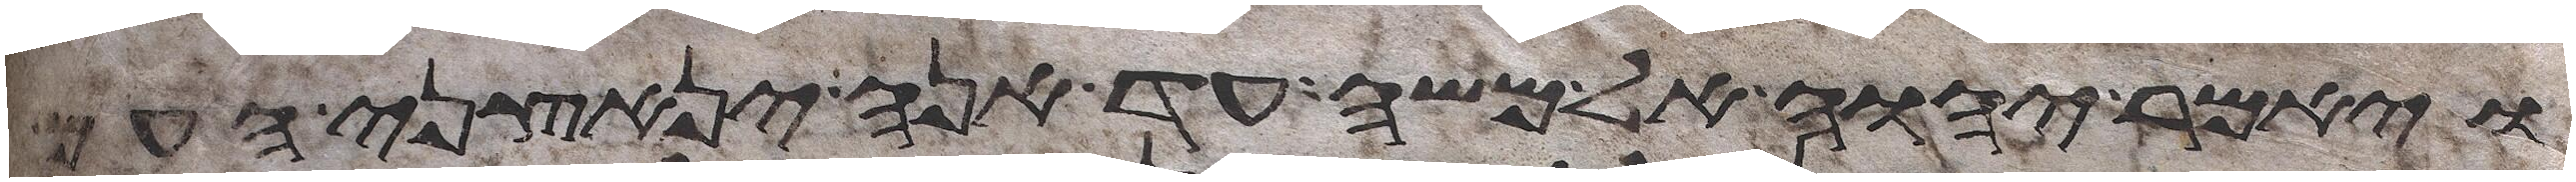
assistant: ויאמר יהוה אל משה עד אנה ינאצני העם